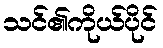
သင်၏ကိုယ်ပိုင်